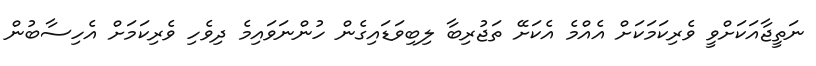
ނަތީޖާއަކަށްވީ ވެރިކަމަކަށް އެއްމެ އެކަށޭ ތަޖުރިބާ ލިބިވަޑައިގެން ހުންނަވައިމެ ދިވެހި ވެރިކަމަށް އެހިސާބުން